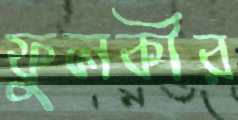
ফুলকীর